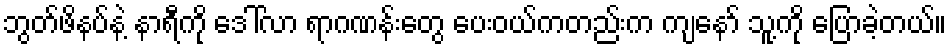
ဘွတ်ဖိနပ်နဲ့ နာရီကို ဒေါ်လာ ရာဂဏန်းတွေ ပေးဝယ်ကတည်းက ကျနော် သူ့ကို ပြောခဲ့တယ်။